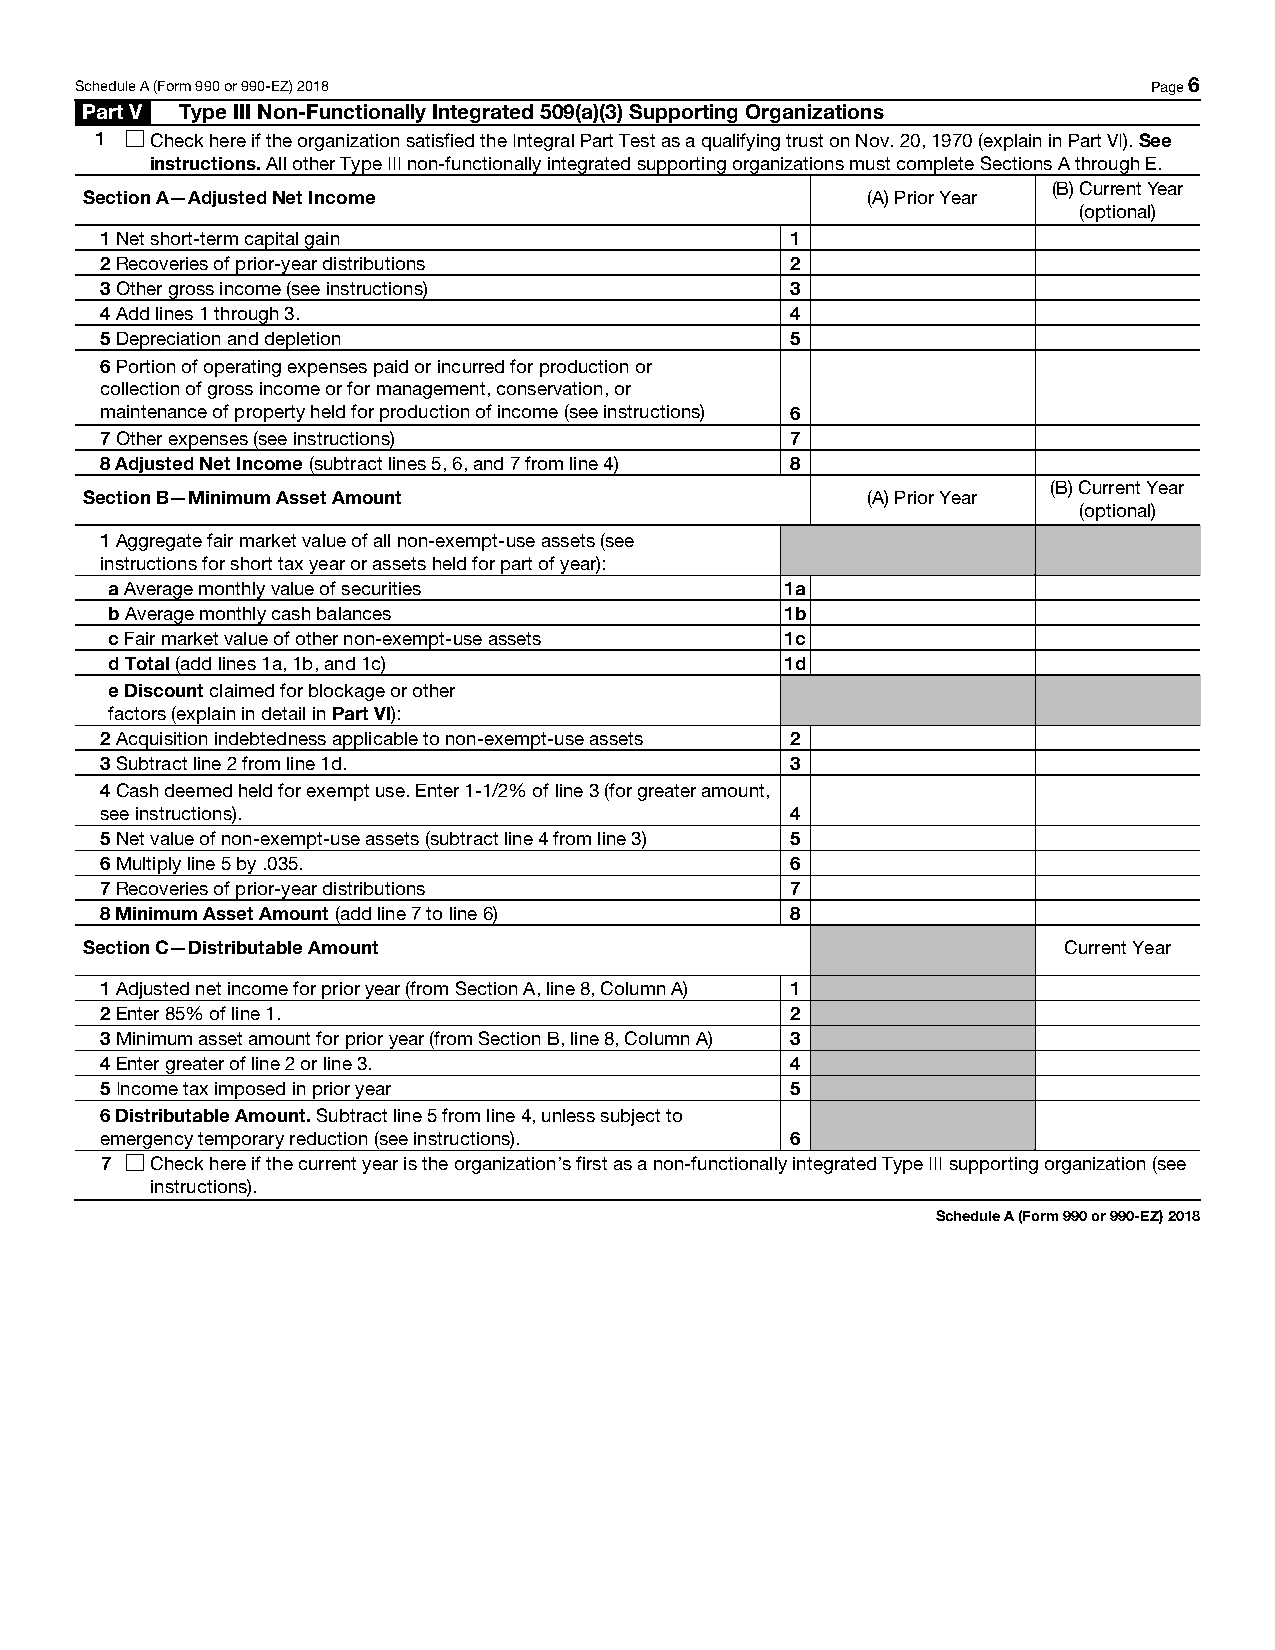
Schedule A (Form 990 or 990-EZ) 2018                                   Page 6
 Part V Type III Non-Functionally Integrated 509(a)(3) Supporting Organizations
 1   Check here if the organization satisfied the Integral Part Test as a qualifying trust on Nov. 20, 1970 (explain in Part VI). See
 instructions. All other Type III non-functionally integrated supporting organizations must complete Sections A through E.
 (B) Current Year
 Section A—Adjusted Net Income                      (A) Prior Year
 (optional)
 1 Net short-term capital gain                1
 2 Recoveries of prior-year distributions     2
 3 Other gross income (see instructions)      3
 4 Add lines 1 through 3.                     4
 5 Depreciation and depletion                 5
 6 Portion of operating expenses paid or incurred for production or
 collection of gross income or for management, conservation, or
 maintenance of property held for production of income (see instructions) 6
 7 Other expenses (see instructions)          7
 8 Adjusted Net Income (subtract lines 5, 6, and 7 from line 4) 8
 (B) Current Year
 Section B—Minimum Asset Amount                     (A) Prior Year
 (optional)
 1 Aggregate fair market value of all non-exempt-use assets (see
 instructions for short tax year or assets held for part of year):
 a Average monthly value of securities        1a
 b Average monthly cash balances              1b
 c Fair market value of other non-exempt-use assets 1c
 d Total (add lines 1a, 1b, and 1c)           1d
 e Discount claimed for blockage or other
 factors (explain in detail in Part VI):
 2 Acquisition indebtedness applicable to non-exempt-use assets 2
 3 Subtract line 2 from line 1d.              3
 4 Cash deemed held for exempt use. Enter 1-1/2% of line 3 (for greater amount,
 see instructions).                           4
 5 Net value of non-exempt-use assets (subtract line 4 from line 3) 5
 6 Multiply line 5 by .035.                   6
 7 Recoveries of prior-year distributions     7
 8 Minimum Asset Amount (add line 7 to line 6) 8
 Section C—Distributable Amount                                  Current Year
 1 Adjusted net income for prior year (from Section A, line 8, Column A) 1
 2 Enter 85% of line 1.                       2
 3 Minimum asset amount for prior year (from Section B, line 8, Column A) 3
 4 Enter greater of line 2 or line 3.         4
 5 Income tax imposed in prior year           5
 6 Distributable Amount. Subtract line 5 from line 4, unless subject to
 emergency temporary reduction (see instructions). 6
 7  Check here if the current year is the organization’s first as a non-functionally integrated Type III supporting organization (see
 instructions).
 Schedule A (Form 990 or 990-EZ) 2018